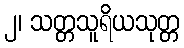
၂၊ သတ္တသူရိယသုတ္တ